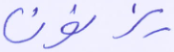
يزنون